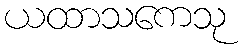
ယထာသကေသု